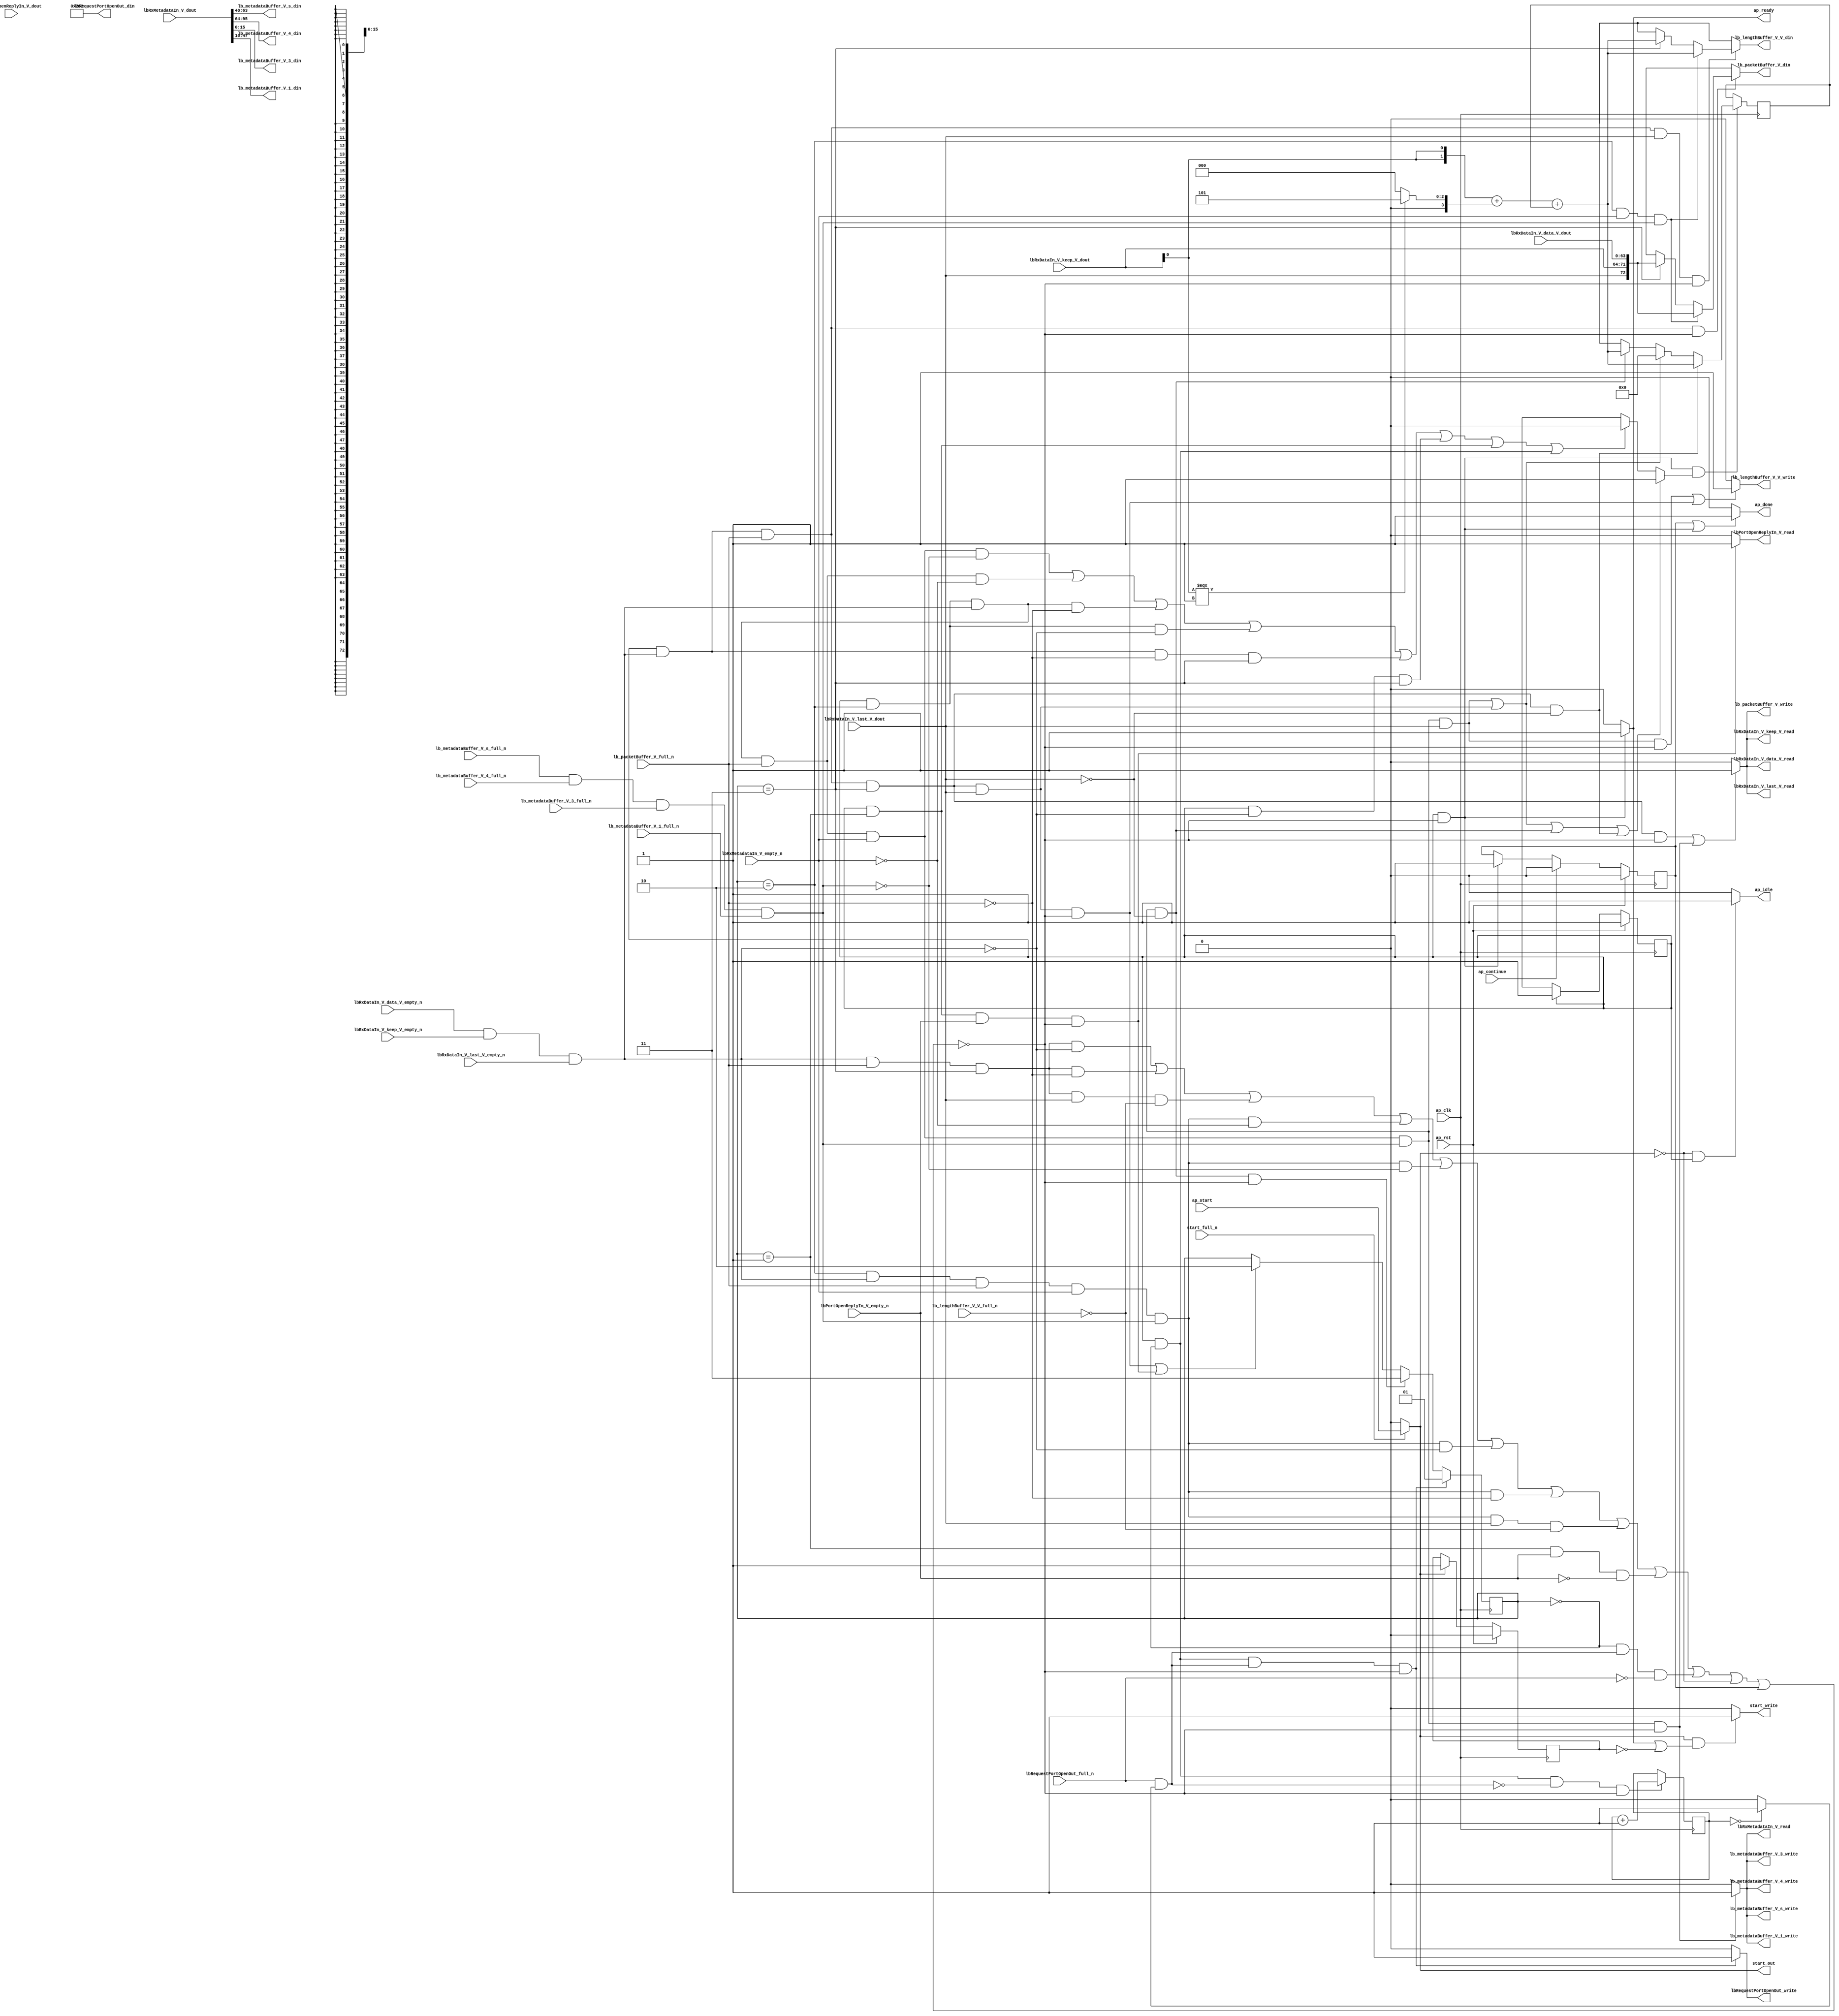
// ==============================================================
// RTL generated by Vivado(TM) HLS - High-Level Synthesis from C, C++ and SystemC
// Version: 2016.3
// Copyright (C) 1986-2016 Xilinx, Inc. All Rights Reserved.
// 
// ===========================================================

`timescale 1 ns / 1 ps 

module rxPath (
        ap_clk,
        ap_rst,
        ap_start,
        start_full_n,
        ap_done,
        ap_continue,
        ap_idle,
        ap_ready,
        start_out,
        start_write,
        lbRxDataIn_V_data_V_dout,
        lbRxDataIn_V_data_V_empty_n,
        lbRxDataIn_V_data_V_read,
        lbRxDataIn_V_keep_V_dout,
        lbRxDataIn_V_keep_V_empty_n,
        lbRxDataIn_V_keep_V_read,
        lbRxDataIn_V_last_V_dout,
        lbRxDataIn_V_last_V_empty_n,
        lbRxDataIn_V_last_V_read,
        lbRxMetadataIn_V_dout,
        lbRxMetadataIn_V_empty_n,
        lbRxMetadataIn_V_read,
        lbRequestPortOpenOut_din,
        lbRequestPortOpenOut_full_n,
        lbRequestPortOpenOut_write,
        lbPortOpenReplyIn_V_dout,
        lbPortOpenReplyIn_V_empty_n,
        lbPortOpenReplyIn_V_read,
        lb_packetBuffer_V_din,
        lb_packetBuffer_V_full_n,
        lb_packetBuffer_V_write,
        lb_metadataBuffer_V_s_din,
        lb_metadataBuffer_V_s_full_n,
        lb_metadataBuffer_V_s_write,
        lb_metadataBuffer_V_4_din,
        lb_metadataBuffer_V_4_full_n,
        lb_metadataBuffer_V_4_write,
        lb_metadataBuffer_V_3_din,
        lb_metadataBuffer_V_3_full_n,
        lb_metadataBuffer_V_3_write,
        lb_metadataBuffer_V_1_din,
        lb_metadataBuffer_V_1_full_n,
        lb_metadataBuffer_V_1_write,
        lb_lengthBuffer_V_V_din,
        lb_lengthBuffer_V_V_full_n,
        lb_lengthBuffer_V_V_write
);

parameter    ap_ST_fsm_state1 = 1'b1;
parameter    ap_const_lv32_0 = 32'b00000000000000000000000000000000;
parameter    ap_const_lv2_0 = 2'b00;
parameter    ap_const_lv16_0 = 16'b0000000000000000;
parameter    ap_const_lv2_2 = 2'b10;
parameter    ap_const_lv2_3 = 2'b11;
parameter    ap_const_lv2_1 = 2'b1;
parameter    ap_const_lv16_282 = 16'b1010000010;
parameter    ap_const_lv4_5 = 4'b101;
parameter    ap_const_lv4_0 = 4'b0000;
parameter    ap_const_lv32_10 = 32'b10000;
parameter    ap_const_lv32_2F = 32'b101111;
parameter    ap_const_lv32_30 = 32'b110000;
parameter    ap_const_lv32_3F = 32'b111111;
parameter    ap_const_lv32_40 = 32'b1000000;
parameter    ap_const_lv32_5F = 32'b1011111;
parameter    ap_const_lv32_FFFFFFFF = 32'b11111111111111111111111111111111;

input   ap_clk;
input   ap_rst;
input   ap_start;
input   start_full_n;
output   ap_done;
input   ap_continue;
output   ap_idle;
output   ap_ready;
output   start_out;
output   start_write;
input  [63:0] lbRxDataIn_V_data_V_dout;
input   lbRxDataIn_V_data_V_empty_n;
output   lbRxDataIn_V_data_V_read;
input  [7:0] lbRxDataIn_V_keep_V_dout;
input   lbRxDataIn_V_keep_V_empty_n;
output   lbRxDataIn_V_keep_V_read;
input  [0:0] lbRxDataIn_V_last_V_dout;
input   lbRxDataIn_V_last_V_empty_n;
output   lbRxDataIn_V_last_V_read;
input  [95:0] lbRxMetadataIn_V_dout;
input   lbRxMetadataIn_V_empty_n;
output   lbRxMetadataIn_V_read;
output  [15:0] lbRequestPortOpenOut_din;
input   lbRequestPortOpenOut_full_n;
output   lbRequestPortOpenOut_write;
input   lbPortOpenReplyIn_V_dout;
input   lbPortOpenReplyIn_V_empty_n;
output   lbPortOpenReplyIn_V_read;
output  [72:0] lb_packetBuffer_V_din;
input   lb_packetBuffer_V_full_n;
output   lb_packetBuffer_V_write;
output  [15:0] lb_metadataBuffer_V_s_din;
input   lb_metadataBuffer_V_s_full_n;
output   lb_metadataBuffer_V_s_write;
output  [31:0] lb_metadataBuffer_V_4_din;
input   lb_metadataBuffer_V_4_full_n;
output   lb_metadataBuffer_V_4_write;
output  [15:0] lb_metadataBuffer_V_3_din;
input   lb_metadataBuffer_V_3_full_n;
output   lb_metadataBuffer_V_3_write;
output  [31:0] lb_metadataBuffer_V_1_din;
input   lb_metadataBuffer_V_1_full_n;
output   lb_metadataBuffer_V_1_write;
output  [15:0] lb_lengthBuffer_V_V_din;
input   lb_lengthBuffer_V_V_full_n;
output   lb_lengthBuffer_V_V_write;

reg ap_done;
reg ap_idle;
reg start_write;
reg lbRxMetadataIn_V_read;
reg lbRequestPortOpenOut_write;
reg lbPortOpenReplyIn_V_read;
reg[72:0] lb_packetBuffer_V_din;
reg lb_packetBuffer_V_write;
reg[15:0] lb_lengthBuffer_V_V_din;
reg lb_lengthBuffer_V_V_write;

reg    real_start;
reg    ap_done_reg;
(* fsm_encoding = "none" *) reg   [0:0] ap_CS_fsm;
wire   [0:0] ap_CS_fsm_state1;
reg    internal_ap_ready;
reg    start_once_reg;
reg   [1:0] sinkState;
reg   [15:0] lbPacketLength;
reg   [31:0] openPortWaitTime_V;
reg    lbRxDataIn_V_data_V_blk_n;
wire   [0:0] grp_nbreadreq_fu_124_p5;
wire   [0:0] grp_nbwritereq_fu_136_p3;
wire   [0:0] tmp_11_nbreadreq_fu_168_p3;
wire   [0:0] tmp_13_nbwritereq_fu_176_p6;
reg    lbRxDataIn_V_keep_V_blk_n;
reg    lbRxDataIn_V_last_V_blk_n;
reg    lbRxMetadataIn_V_blk_n;
reg    lbRequestPortOpenOut_blk_n;
wire   [0:0] or_cond_i_fu_514_p2;
reg    lbPortOpenReplyIn_V_blk_n;
wire   [0:0] tmp_6_nbreadreq_fu_212_p3;
reg    lb_packetBuffer_V_blk_n;
reg    lb_metadataBuffer_V_s_blk_n;
reg    lb_metadataBuffer_V_4_blk_n;
reg    lb_metadataBuffer_V_3_blk_n;
reg    lb_metadataBuffer_V_1_blk_n;
reg    lb_lengthBuffer_V_V_blk_n;
reg   [0:0] lbPacketLength_flag_s_phi_fu_245_p26;
wire    lbRxDataIn_V_data_V0_status;
wire    lb_metadataBuffer_V_s1_status;
reg    ap_condition_185;
wire   [15:0] tmp_V_1_fu_490_p2;
reg   [15:0] lbPacketLength_new_4_phi_fu_289_p26;
wire   [15:0] tmp_V_fu_399_p2;
reg    lbRxDataIn_V_data_V0_update;
wire   [72:0] tmp_228_fu_354_p4;
wire   [72:0] tmp_121_fu_445_p4;
reg    lb_metadataBuffer_V_s1_update;
wire   [31:0] tmp_1_i_fu_520_p2;
wire   [0:0] tmp_12_fu_365_p1;
wire   [1:0] tmp_10_i_fu_369_p3;
wire   [3:0] tmp_10_cast_i_fu_377_p1;
wire   [3:0] factor1_cast_i_cast_s_fu_381_p3;
wire   [3:0] counter_V_fu_389_p2;
wire   [15:0] tmp_12_i_fu_395_p1;
wire   [0:0] tmp_15_fu_456_p1;
wire   [1:0] tmp_15_i_fu_460_p3;
wire   [3:0] tmp_15_cast_i_fu_468_p1;
wire   [3:0] factor_cast_i_cast_c_fu_472_p3;
wire   [3:0] counter_V_1_fu_480_p2;
wire   [15:0] tmp_16_i_fu_486_p1;
wire   [0:0] or_cond_i_fu_514_p0;
wire   [0:0] tmp_i_fu_508_p2;
reg   [0:0] ap_NS_fsm;
reg    ap_condition_417;
reg    ap_condition_415;
reg    ap_condition_422;

// power-on initialization
initial begin
#0 ap_done_reg = 1'b0;
#0 ap_CS_fsm = 1'b1;
#0 start_once_reg = 1'b0;
#0 sinkState = 2'b00;
#0 lbPacketLength = 16'b0000000000000000;
#0 openPortWaitTime_V = 32'b1100100;
end

always @ (posedge ap_clk) begin
    if (ap_rst == 1'b1) begin
        ap_CS_fsm <= ap_ST_fsm_state1;
    end else begin
        ap_CS_fsm <= ap_NS_fsm;
    end
end

always @ (posedge ap_clk) begin
    if (ap_rst == 1'b1) begin
        ap_done_reg <= 1'b0;
    end else begin
        if ((1'b1 == ap_continue)) begin
            ap_done_reg <= 1'b0;
        end else if (((ap_CS_fsm_state1 == 1'b1) & ~(ap_condition_185 == 1'b1))) begin
            ap_done_reg <= 1'b1;
        end
    end
end

always @ (posedge ap_clk) begin
    if (ap_rst == 1'b1) begin
        start_once_reg <= 1'b0;
    end else begin
        if ((1'b1 == real_start)) begin
            start_once_reg <= 1'b1;
        end
    end
end

always @ (posedge ap_clk) begin
    if (((ap_CS_fsm_state1 == 1'b1) & (ap_const_lv2_0 == sinkState) & ~(1'b0 == or_cond_i_fu_514_p2) & ~(ap_condition_185 == 1'b1))) begin
        sinkState <= ap_const_lv2_1;
    end else if (((ap_CS_fsm_state1 == 1'b1) & (sinkState == ap_const_lv2_2) & ~(grp_nbreadreq_fu_124_p5 == 1'b0) & ~(1'b0 == grp_nbwritereq_fu_136_p3) & ~(1'b0 == tmp_11_nbreadreq_fu_168_p3) & ~(1'b0 == tmp_13_nbwritereq_fu_176_p6) & (1'b0 == lbRxDataIn_V_last_V_dout) & ~(ap_condition_185 == 1'b1))) begin
        sinkState <= ap_const_lv2_3;
    end else if ((((ap_CS_fsm_state1 == 1'b1) & ~(grp_nbreadreq_fu_124_p5 == 1'b0) & ~(1'b0 == grp_nbwritereq_fu_136_p3) & (sinkState == ap_const_lv2_3) & ~(1'b0 == lbRxDataIn_V_last_V_dout) & ~(ap_condition_185 == 1'b1)) | ((ap_CS_fsm_state1 == 1'b1) & (sinkState == ap_const_lv2_1) & ~(1'b0 == tmp_6_nbreadreq_fu_212_p3) & ~(ap_condition_185 == 1'b1)))) begin
        sinkState <= ap_const_lv2_2;
    end
end

always @ (posedge ap_clk) begin
    if (((ap_CS_fsm_state1 == 1'b1) & ~(ap_condition_185 == 1'b1) & ~(1'b0 == lbPacketLength_flag_s_phi_fu_245_p26))) begin
        lbPacketLength <= lbPacketLength_new_4_phi_fu_289_p26;
    end
end

always @ (posedge ap_clk) begin
    if (((ap_CS_fsm_state1 == 1'b1) & (ap_const_lv2_0 == sinkState) & (1'b0 == or_cond_i_fu_514_p2) & ~(ap_condition_185 == 1'b1))) begin
        openPortWaitTime_V <= tmp_1_i_fu_520_p2;
    end
end

always @ (*) begin
    if (((1'b1 == ap_done_reg) | ((ap_CS_fsm_state1 == 1'b1) & ~(ap_condition_185 == 1'b1)))) begin
        ap_done = 1'b1;
    end else begin
        ap_done = 1'b0;
    end
end

always @ (*) begin
    if (((1'b0 == real_start) & (ap_CS_fsm_state1 == 1'b1))) begin
        ap_idle = 1'b1;
    end else begin
        ap_idle = 1'b0;
    end
end

always @ (*) begin
    if (((ap_CS_fsm_state1 == 1'b1) & ~(ap_condition_185 == 1'b1))) begin
        internal_ap_ready = 1'b1;
    end else begin
        internal_ap_ready = 1'b0;
    end
end

always @ (*) begin
    if ((((ap_CS_fsm_state1 == 1'b1) & (sinkState == ap_const_lv2_2) & ~(grp_nbreadreq_fu_124_p5 == 1'b0) & ~(1'b0 == grp_nbwritereq_fu_136_p3) & ~(1'b0 == tmp_11_nbreadreq_fu_168_p3) & ~(1'b0 == tmp_13_nbwritereq_fu_176_p6) & ~(1'b0 == lbRxDataIn_V_last_V_dout)) | ((ap_CS_fsm_state1 == 1'b1) & ~(grp_nbreadreq_fu_124_p5 == 1'b0) & ~(1'b0 == grp_nbwritereq_fu_136_p3) & (sinkState == ap_const_lv2_3) & ~(1'b0 == lbRxDataIn_V_last_V_dout)) | ((ap_CS_fsm_state1 == 1'b1) & (sinkState == ap_const_lv2_2) & ~(grp_nbreadreq_fu_124_p5 == 1'b0) & ~(1'b0 == grp_nbwritereq_fu_136_p3) & ~(1'b0 == tmp_11_nbreadreq_fu_168_p3) & ~(1'b0 == tmp_13_nbwritereq_fu_176_p6) & (1'b0 == lbRxDataIn_V_last_V_dout)) | ((ap_CS_fsm_state1 == 1'b1) & ~(grp_nbreadreq_fu_124_p5 == 1'b0) & ~(1'b0 == grp_nbwritereq_fu_136_p3) & (sinkState == ap_const_lv2_3) & (1'b0 == lbRxDataIn_V_last_V_dout)))) begin
        lbPacketLength_flag_s_phi_fu_245_p26 = 1'b1;
    end else if ((((ap_CS_fsm_state1 == 1'b1) & (sinkState == ap_const_lv2_2) & ~(grp_nbreadreq_fu_124_p5 == 1'b0) & ~(1'b0 == grp_nbwritereq_fu_136_p3) & ~(1'b0 == tmp_11_nbreadreq_fu_168_p3) & (1'b0 == tmp_13_nbwritereq_fu_176_p6)) | ((ap_CS_fsm_state1 == 1'b1) & (sinkState == ap_const_lv2_2) & ~(grp_nbreadreq_fu_124_p5 == 1'b0) & ~(1'b0 == grp_nbwritereq_fu_136_p3) & (1'b0 == tmp_11_nbreadreq_fu_168_p3)) | ((ap_CS_fsm_state1 == 1'b1) & (sinkState == ap_const_lv2_2) & ~(grp_nbreadreq_fu_124_p5 == 1'b0) & (1'b0 == grp_nbwritereq_fu_136_p3)) | ((ap_CS_fsm_state1 == 1'b1) & (sinkState == ap_const_lv2_2) & (grp_nbreadreq_fu_124_p5 == 1'b0)) | ((ap_CS_fsm_state1 == 1'b1) & ~(grp_nbreadreq_fu_124_p5 == 1'b0) & (1'b0 == grp_nbwritereq_fu_136_p3) & (sinkState == ap_const_lv2_3)) | ((ap_CS_fsm_state1 == 1'b1) & (grp_nbreadreq_fu_124_p5 == 1'b0) & (sinkState == ap_const_lv2_3)) | ((ap_CS_fsm_state1 == 1'b1) & (sinkState == ap_const_lv2_1)) | ((ap_CS_fsm_state1 == 1'b1) & (ap_const_lv2_0 == sinkState)))) begin
        lbPacketLength_flag_s_phi_fu_245_p26 = 1'b0;
    end else begin
        lbPacketLength_flag_s_phi_fu_245_p26 = 'bx;
    end
end

always @ (*) begin
    if (((ap_CS_fsm_state1 == 1'b1) & ~(grp_nbreadreq_fu_124_p5 == 1'b0) & ~(1'b0 == grp_nbwritereq_fu_136_p3) & (sinkState == ap_const_lv2_3) & (1'b0 == lbRxDataIn_V_last_V_dout))) begin
        lbPacketLength_new_4_phi_fu_289_p26 = tmp_V_fu_399_p2;
    end else if ((((ap_CS_fsm_state1 == 1'b1) & (sinkState == ap_const_lv2_2) & ~(grp_nbreadreq_fu_124_p5 == 1'b0) & ~(1'b0 == grp_nbwritereq_fu_136_p3) & ~(1'b0 == tmp_11_nbreadreq_fu_168_p3) & ~(1'b0 == tmp_13_nbwritereq_fu_176_p6) & ~(1'b0 == lbRxDataIn_V_last_V_dout)) | ((ap_CS_fsm_state1 == 1'b1) & ~(grp_nbreadreq_fu_124_p5 == 1'b0) & ~(1'b0 == grp_nbwritereq_fu_136_p3) & (sinkState == ap_const_lv2_3) & ~(1'b0 == lbRxDataIn_V_last_V_dout)))) begin
        lbPacketLength_new_4_phi_fu_289_p26 = ap_const_lv16_0;
    end else if (((ap_CS_fsm_state1 == 1'b1) & (sinkState == ap_const_lv2_2) & ~(grp_nbreadreq_fu_124_p5 == 1'b0) & ~(1'b0 == grp_nbwritereq_fu_136_p3) & ~(1'b0 == tmp_11_nbreadreq_fu_168_p3) & ~(1'b0 == tmp_13_nbwritereq_fu_176_p6) & (1'b0 == lbRxDataIn_V_last_V_dout))) begin
        lbPacketLength_new_4_phi_fu_289_p26 = tmp_V_1_fu_490_p2;
    end else begin
        lbPacketLength_new_4_phi_fu_289_p26 = 'bx;
    end
end

always @ (*) begin
    if (((ap_CS_fsm_state1 == 1'b1) & (sinkState == ap_const_lv2_1) & ~(1'b0 == tmp_6_nbreadreq_fu_212_p3))) begin
        lbPortOpenReplyIn_V_blk_n = lbPortOpenReplyIn_V_empty_n;
    end else begin
        lbPortOpenReplyIn_V_blk_n = 1'b1;
    end
end

always @ (*) begin
    if (((ap_CS_fsm_state1 == 1'b1) & (sinkState == ap_const_lv2_1) & ~(1'b0 == tmp_6_nbreadreq_fu_212_p3) & ~(ap_condition_185 == 1'b1))) begin
        lbPortOpenReplyIn_V_read = 1'b1;
    end else begin
        lbPortOpenReplyIn_V_read = 1'b0;
    end
end

always @ (*) begin
    if (((ap_CS_fsm_state1 == 1'b1) & (ap_const_lv2_0 == sinkState) & ~(1'b0 == or_cond_i_fu_514_p2))) begin
        lbRequestPortOpenOut_blk_n = lbRequestPortOpenOut_full_n;
    end else begin
        lbRequestPortOpenOut_blk_n = 1'b1;
    end
end

always @ (*) begin
    if (((ap_CS_fsm_state1 == 1'b1) & (ap_const_lv2_0 == sinkState) & ~(1'b0 == or_cond_i_fu_514_p2) & ~(ap_condition_185 == 1'b1))) begin
        lbRequestPortOpenOut_write = 1'b1;
    end else begin
        lbRequestPortOpenOut_write = 1'b0;
    end
end

always @ (*) begin
    if ((((ap_CS_fsm_state1 == 1'b1) & ~(grp_nbreadreq_fu_124_p5 == 1'b0) & ~(1'b0 == grp_nbwritereq_fu_136_p3) & (sinkState == ap_const_lv2_3) & ~(ap_condition_185 == 1'b1)) | ((ap_CS_fsm_state1 == 1'b1) & (sinkState == ap_const_lv2_2) & ~(grp_nbreadreq_fu_124_p5 == 1'b0) & ~(1'b0 == grp_nbwritereq_fu_136_p3) & ~(1'b0 == tmp_11_nbreadreq_fu_168_p3) & ~(1'b0 == tmp_13_nbwritereq_fu_176_p6) & ~(ap_condition_185 == 1'b1)))) begin
        lbRxDataIn_V_data_V0_update = 1'b1;
    end else begin
        lbRxDataIn_V_data_V0_update = 1'b0;
    end
end

always @ (*) begin
    if ((((ap_CS_fsm_state1 == 1'b1) & (sinkState == ap_const_lv2_2) & ~(grp_nbreadreq_fu_124_p5 == 1'b0) & ~(1'b0 == grp_nbwritereq_fu_136_p3) & ~(1'b0 == tmp_11_nbreadreq_fu_168_p3) & ~(1'b0 == tmp_13_nbwritereq_fu_176_p6)) | ((ap_CS_fsm_state1 == 1'b1) & ~(grp_nbreadreq_fu_124_p5 == 1'b0) & ~(1'b0 == grp_nbwritereq_fu_136_p3) & (sinkState == ap_const_lv2_3)))) begin
        lbRxDataIn_V_data_V_blk_n = lbRxDataIn_V_data_V_empty_n;
    end else begin
        lbRxDataIn_V_data_V_blk_n = 1'b1;
    end
end

always @ (*) begin
    if ((((ap_CS_fsm_state1 == 1'b1) & (sinkState == ap_const_lv2_2) & ~(grp_nbreadreq_fu_124_p5 == 1'b0) & ~(1'b0 == grp_nbwritereq_fu_136_p3) & ~(1'b0 == tmp_11_nbreadreq_fu_168_p3) & ~(1'b0 == tmp_13_nbwritereq_fu_176_p6)) | ((ap_CS_fsm_state1 == 1'b1) & ~(grp_nbreadreq_fu_124_p5 == 1'b0) & ~(1'b0 == grp_nbwritereq_fu_136_p3) & (sinkState == ap_const_lv2_3)))) begin
        lbRxDataIn_V_keep_V_blk_n = lbRxDataIn_V_keep_V_empty_n;
    end else begin
        lbRxDataIn_V_keep_V_blk_n = 1'b1;
    end
end

always @ (*) begin
    if ((((ap_CS_fsm_state1 == 1'b1) & (sinkState == ap_const_lv2_2) & ~(grp_nbreadreq_fu_124_p5 == 1'b0) & ~(1'b0 == grp_nbwritereq_fu_136_p3) & ~(1'b0 == tmp_11_nbreadreq_fu_168_p3) & ~(1'b0 == tmp_13_nbwritereq_fu_176_p6)) | ((ap_CS_fsm_state1 == 1'b1) & ~(grp_nbreadreq_fu_124_p5 == 1'b0) & ~(1'b0 == grp_nbwritereq_fu_136_p3) & (sinkState == ap_const_lv2_3)))) begin
        lbRxDataIn_V_last_V_blk_n = lbRxDataIn_V_last_V_empty_n;
    end else begin
        lbRxDataIn_V_last_V_blk_n = 1'b1;
    end
end

always @ (*) begin
    if (((ap_CS_fsm_state1 == 1'b1) & (sinkState == ap_const_lv2_2) & ~(grp_nbreadreq_fu_124_p5 == 1'b0) & ~(1'b0 == grp_nbwritereq_fu_136_p3) & ~(1'b0 == tmp_11_nbreadreq_fu_168_p3) & ~(1'b0 == tmp_13_nbwritereq_fu_176_p6))) begin
        lbRxMetadataIn_V_blk_n = lbRxMetadataIn_V_empty_n;
    end else begin
        lbRxMetadataIn_V_blk_n = 1'b1;
    end
end

always @ (*) begin
    if (((ap_CS_fsm_state1 == 1'b1) & (sinkState == ap_const_lv2_2) & ~(grp_nbreadreq_fu_124_p5 == 1'b0) & ~(1'b0 == grp_nbwritereq_fu_136_p3) & ~(1'b0 == tmp_11_nbreadreq_fu_168_p3) & ~(1'b0 == tmp_13_nbwritereq_fu_176_p6) & ~(ap_condition_185 == 1'b1))) begin
        lbRxMetadataIn_V_read = 1'b1;
    end else begin
        lbRxMetadataIn_V_read = 1'b0;
    end
end

always @ (*) begin
    if ((((ap_CS_fsm_state1 == 1'b1) & (sinkState == ap_const_lv2_2) & ~(grp_nbreadreq_fu_124_p5 == 1'b0) & ~(1'b0 == grp_nbwritereq_fu_136_p3) & ~(1'b0 == tmp_11_nbreadreq_fu_168_p3) & ~(1'b0 == tmp_13_nbwritereq_fu_176_p6) & ~(1'b0 == lbRxDataIn_V_last_V_dout)) | ((ap_CS_fsm_state1 == 1'b1) & ~(grp_nbreadreq_fu_124_p5 == 1'b0) & ~(1'b0 == grp_nbwritereq_fu_136_p3) & (sinkState == ap_const_lv2_3) & ~(1'b0 == lbRxDataIn_V_last_V_dout)))) begin
        lb_lengthBuffer_V_V_blk_n = lb_lengthBuffer_V_V_full_n;
    end else begin
        lb_lengthBuffer_V_V_blk_n = 1'b1;
    end
end

always @ (*) begin
    if ((ap_condition_415 == 1'b1)) begin
        if ((ap_condition_417 == 1'b1)) begin
            lb_lengthBuffer_V_V_din = tmp_V_1_fu_490_p2;
        end else if ((sinkState == ap_const_lv2_3)) begin
            lb_lengthBuffer_V_V_din = tmp_V_fu_399_p2;
        end else begin
            lb_lengthBuffer_V_V_din = 'bx;
        end
    end else begin
        lb_lengthBuffer_V_V_din = 'bx;
    end
end

always @ (*) begin
    if ((((ap_CS_fsm_state1 == 1'b1) & (sinkState == ap_const_lv2_2) & ~(grp_nbreadreq_fu_124_p5 == 1'b0) & ~(1'b0 == grp_nbwritereq_fu_136_p3) & ~(1'b0 == tmp_11_nbreadreq_fu_168_p3) & ~(1'b0 == tmp_13_nbwritereq_fu_176_p6) & ~(1'b0 == lbRxDataIn_V_last_V_dout) & ~(ap_condition_185 == 1'b1)) | ((ap_CS_fsm_state1 == 1'b1) & ~(grp_nbreadreq_fu_124_p5 == 1'b0) & ~(1'b0 == grp_nbwritereq_fu_136_p3) & (sinkState == ap_const_lv2_3) & ~(1'b0 == lbRxDataIn_V_last_V_dout) & ~(ap_condition_185 == 1'b1)))) begin
        lb_lengthBuffer_V_V_write = 1'b1;
    end else begin
        lb_lengthBuffer_V_V_write = 1'b0;
    end
end

always @ (*) begin
    if (((ap_CS_fsm_state1 == 1'b1) & (sinkState == ap_const_lv2_2) & ~(grp_nbreadreq_fu_124_p5 == 1'b0) & ~(1'b0 == grp_nbwritereq_fu_136_p3) & ~(1'b0 == tmp_11_nbreadreq_fu_168_p3) & ~(1'b0 == tmp_13_nbwritereq_fu_176_p6))) begin
        lb_metadataBuffer_V_1_blk_n = lb_metadataBuffer_V_1_full_n;
    end else begin
        lb_metadataBuffer_V_1_blk_n = 1'b1;
    end
end

always @ (*) begin
    if (((ap_CS_fsm_state1 == 1'b1) & (sinkState == ap_const_lv2_2) & ~(grp_nbreadreq_fu_124_p5 == 1'b0) & ~(1'b0 == grp_nbwritereq_fu_136_p3) & ~(1'b0 == tmp_11_nbreadreq_fu_168_p3) & ~(1'b0 == tmp_13_nbwritereq_fu_176_p6))) begin
        lb_metadataBuffer_V_3_blk_n = lb_metadataBuffer_V_3_full_n;
    end else begin
        lb_metadataBuffer_V_3_blk_n = 1'b1;
    end
end

always @ (*) begin
    if (((ap_CS_fsm_state1 == 1'b1) & (sinkState == ap_const_lv2_2) & ~(grp_nbreadreq_fu_124_p5 == 1'b0) & ~(1'b0 == grp_nbwritereq_fu_136_p3) & ~(1'b0 == tmp_11_nbreadreq_fu_168_p3) & ~(1'b0 == tmp_13_nbwritereq_fu_176_p6))) begin
        lb_metadataBuffer_V_4_blk_n = lb_metadataBuffer_V_4_full_n;
    end else begin
        lb_metadataBuffer_V_4_blk_n = 1'b1;
    end
end

always @ (*) begin
    if (((ap_CS_fsm_state1 == 1'b1) & (sinkState == ap_const_lv2_2) & ~(grp_nbreadreq_fu_124_p5 == 1'b0) & ~(1'b0 == grp_nbwritereq_fu_136_p3) & ~(1'b0 == tmp_11_nbreadreq_fu_168_p3) & ~(1'b0 == tmp_13_nbwritereq_fu_176_p6) & ~(ap_condition_185 == 1'b1))) begin
        lb_metadataBuffer_V_s1_update = 1'b1;
    end else begin
        lb_metadataBuffer_V_s1_update = 1'b0;
    end
end

always @ (*) begin
    if (((ap_CS_fsm_state1 == 1'b1) & (sinkState == ap_const_lv2_2) & ~(grp_nbreadreq_fu_124_p5 == 1'b0) & ~(1'b0 == grp_nbwritereq_fu_136_p3) & ~(1'b0 == tmp_11_nbreadreq_fu_168_p3) & ~(1'b0 == tmp_13_nbwritereq_fu_176_p6))) begin
        lb_metadataBuffer_V_s_blk_n = lb_metadataBuffer_V_s_full_n;
    end else begin
        lb_metadataBuffer_V_s_blk_n = 1'b1;
    end
end

always @ (*) begin
    if ((((ap_CS_fsm_state1 == 1'b1) & (sinkState == ap_const_lv2_2) & ~(grp_nbreadreq_fu_124_p5 == 1'b0) & ~(1'b0 == grp_nbwritereq_fu_136_p3) & ~(1'b0 == tmp_11_nbreadreq_fu_168_p3) & ~(1'b0 == tmp_13_nbwritereq_fu_176_p6)) | ((ap_CS_fsm_state1 == 1'b1) & ~(grp_nbreadreq_fu_124_p5 == 1'b0) & ~(1'b0 == grp_nbwritereq_fu_136_p3) & (sinkState == ap_const_lv2_3)))) begin
        lb_packetBuffer_V_blk_n = lb_packetBuffer_V_full_n;
    end else begin
        lb_packetBuffer_V_blk_n = 1'b1;
    end
end

always @ (*) begin
    if ((ap_condition_422 == 1'b1)) begin
        if ((ap_condition_417 == 1'b1)) begin
            lb_packetBuffer_V_din = tmp_121_fu_445_p4;
        end else if ((sinkState == ap_const_lv2_3)) begin
            lb_packetBuffer_V_din = tmp_228_fu_354_p4;
        end else begin
            lb_packetBuffer_V_din = 'bx;
        end
    end else begin
        lb_packetBuffer_V_din = 'bx;
    end
end

always @ (*) begin
    if ((((ap_CS_fsm_state1 == 1'b1) & ~(grp_nbreadreq_fu_124_p5 == 1'b0) & ~(1'b0 == grp_nbwritereq_fu_136_p3) & (sinkState == ap_const_lv2_3) & ~(ap_condition_185 == 1'b1)) | ((ap_CS_fsm_state1 == 1'b1) & (sinkState == ap_const_lv2_2) & ~(grp_nbreadreq_fu_124_p5 == 1'b0) & ~(1'b0 == grp_nbwritereq_fu_136_p3) & ~(1'b0 == tmp_11_nbreadreq_fu_168_p3) & ~(1'b0 == tmp_13_nbwritereq_fu_176_p6) & ~(ap_condition_185 == 1'b1)))) begin
        lb_packetBuffer_V_write = 1'b1;
    end else begin
        lb_packetBuffer_V_write = 1'b0;
    end
end

always @ (*) begin
    if ((1'b0 == start_full_n)) begin
        real_start = 1'b0;
    end else begin
        real_start = ap_start;
    end
end

always @ (*) begin
    if (((1'b1 == real_start) & ((1'b1 == internal_ap_ready) | (1'b0 == start_once_reg)))) begin
        start_write = 1'b1;
    end else begin
        start_write = 1'b0;
    end
end

always @ (*) begin
    case (ap_CS_fsm)
        ap_ST_fsm_state1 : begin
            ap_NS_fsm = ap_ST_fsm_state1;
        end
        default : begin
            ap_NS_fsm = 'bx;
        end
    endcase
end

assign ap_CS_fsm_state1 = ap_CS_fsm[ap_const_lv32_0];

always @ (*) begin
    ap_condition_185 = ((~(grp_nbreadreq_fu_124_p5 == 1'b0) & ~(1'b0 == grp_nbwritereq_fu_136_p3) & (sinkState == ap_const_lv2_3) & (lbRxDataIn_V_data_V0_status == 1'b0)) | (~(grp_nbreadreq_fu_124_p5 == 1'b0) & ~(1'b0 == grp_nbwritereq_fu_136_p3) & (sinkState == ap_const_lv2_3) & (lb_packetBuffer_V_full_n == 1'b0)) | (~(grp_nbreadreq_fu_124_p5 == 1'b0) & ~(1'b0 == grp_nbwritereq_fu_136_p3) & (sinkState == ap_const_lv2_3) & ~(1'b0 == lbRxDataIn_V_last_V_dout) & (lb_lengthBuffer_V_V_full_n == 1'b0)) | ((sinkState == ap_const_lv2_2) & ~(grp_nbreadreq_fu_124_p5 == 1'b0) & ~(1'b0 == grp_nbwritereq_fu_136_p3) & ~(1'b0 == tmp_11_nbreadreq_fu_168_p3) & ~(1'b0 == tmp_13_nbwritereq_fu_176_p6) & (lbRxMetadataIn_V_empty_n == 1'b0)) | ((sinkState == ap_const_lv2_2) & ~(grp_nbreadreq_fu_124_p5 == 1'b0) & ~(1'b0 == grp_nbwritereq_fu_136_p3) & ~(1'b0 == tmp_11_nbreadreq_fu_168_p3) & ~(1'b0 == tmp_13_nbwritereq_fu_176_p6) & (lb_metadataBuffer_V_s1_status == 1'b0)) | ((sinkState == ap_const_lv2_2) & ~(grp_nbreadreq_fu_124_p5 == 1'b0) & ~(1'b0 == grp_nbwritereq_fu_136_p3) & ~(1'b0 == tmp_11_nbreadreq_fu_168_p3) & ~(1'b0 == tmp_13_nbwritereq_fu_176_p6) & (lbRxDataIn_V_data_V0_status == 1'b0)) | ((sinkState == ap_const_lv2_2) & ~(grp_nbreadreq_fu_124_p5 == 1'b0) & ~(1'b0 == grp_nbwritereq_fu_136_p3) & ~(1'b0 == tmp_11_nbreadreq_fu_168_p3) & ~(1'b0 == tmp_13_nbwritereq_fu_176_p6) & (lb_packetBuffer_V_full_n == 1'b0)) | ((sinkState == ap_const_lv2_2) & ~(grp_nbreadreq_fu_124_p5 == 1'b0) & ~(1'b0 == grp_nbwritereq_fu_136_p3) & ~(1'b0 == tmp_11_nbreadreq_fu_168_p3) & ~(1'b0 == tmp_13_nbwritereq_fu_176_p6) & ~(1'b0 == lbRxDataIn_V_last_V_dout) & (lb_lengthBuffer_V_V_full_n == 1'b0)) | ((sinkState == ap_const_lv2_1) & ~(1'b0 == tmp_6_nbreadreq_fu_212_p3) & (lbPortOpenReplyIn_V_empty_n == 1'b0)) | ((ap_const_lv2_0 == sinkState) & ~(1'b0 == or_cond_i_fu_514_p2) & (lbRequestPortOpenOut_full_n == 1'b0)) | (real_start == 1'b0) | (ap_done_reg == 1'b1));
end

always @ (*) begin
    ap_condition_415 = ((ap_CS_fsm_state1 == 1'b1) & ~(grp_nbreadreq_fu_124_p5 == 1'b0) & ~(1'b0 == grp_nbwritereq_fu_136_p3) & ~(1'b0 == lbRxDataIn_V_last_V_dout) & ~(ap_condition_185 == 1'b1));
end

always @ (*) begin
    ap_condition_417 = ((sinkState == ap_const_lv2_2) & ~(1'b0 == tmp_11_nbreadreq_fu_168_p3) & ~(1'b0 == tmp_13_nbwritereq_fu_176_p6));
end

always @ (*) begin
    ap_condition_422 = ((ap_CS_fsm_state1 == 1'b1) & ~(grp_nbreadreq_fu_124_p5 == 1'b0) & ~(1'b0 == grp_nbwritereq_fu_136_p3) & ~(ap_condition_185 == 1'b1));
end

assign ap_ready = internal_ap_ready;

assign counter_V_1_fu_480_p2 = (tmp_15_cast_i_fu_468_p1 + factor_cast_i_cast_c_fu_472_p3);

assign counter_V_fu_389_p2 = (tmp_10_cast_i_fu_377_p1 + factor1_cast_i_cast_s_fu_381_p3);

assign factor1_cast_i_cast_s_fu_381_p3 = ((tmp_12_fu_365_p1[0:0] === 1'b1) ? ap_const_lv4_5 : ap_const_lv4_0);

assign factor_cast_i_cast_c_fu_472_p3 = ((tmp_15_fu_456_p1[0:0] === 1'b1) ? ap_const_lv4_5 : ap_const_lv4_0);

assign grp_nbreadreq_fu_124_p5 = (lbRxDataIn_V_data_V_empty_n & lbRxDataIn_V_keep_V_empty_n & lbRxDataIn_V_last_V_empty_n);

assign grp_nbwritereq_fu_136_p3 = lb_packetBuffer_V_full_n;

assign lbRequestPortOpenOut_din = ap_const_lv16_282;

assign lbRxDataIn_V_data_V0_status = (lbRxDataIn_V_data_V_empty_n & lbRxDataIn_V_keep_V_empty_n & lbRxDataIn_V_last_V_empty_n);

assign lbRxDataIn_V_data_V_read = lbRxDataIn_V_data_V0_update;

assign lbRxDataIn_V_keep_V_read = lbRxDataIn_V_data_V0_update;

assign lbRxDataIn_V_last_V_read = lbRxDataIn_V_data_V0_update;

assign lb_metadataBuffer_V_1_din = {{lbRxMetadataIn_V_dout[ap_const_lv32_2F : ap_const_lv32_10]}};

assign lb_metadataBuffer_V_1_write = lb_metadataBuffer_V_s1_update;

assign lb_metadataBuffer_V_3_din = lbRxMetadataIn_V_dout[15:0];

assign lb_metadataBuffer_V_3_write = lb_metadataBuffer_V_s1_update;

assign lb_metadataBuffer_V_4_din = {{lbRxMetadataIn_V_dout[ap_const_lv32_5F : ap_const_lv32_40]}};

assign lb_metadataBuffer_V_4_write = lb_metadataBuffer_V_s1_update;

assign lb_metadataBuffer_V_s1_status = (lb_metadataBuffer_V_s_full_n & lb_metadataBuffer_V_4_full_n & lb_metadataBuffer_V_3_full_n & lb_metadataBuffer_V_1_full_n);

assign lb_metadataBuffer_V_s_din = {{lbRxMetadataIn_V_dout[ap_const_lv32_3F : ap_const_lv32_30]}};

assign lb_metadataBuffer_V_s_write = lb_metadataBuffer_V_s1_update;

assign or_cond_i_fu_514_p0 = lbRequestPortOpenOut_full_n;

assign or_cond_i_fu_514_p2 = (or_cond_i_fu_514_p0 & tmp_i_fu_508_p2);

assign start_out = real_start;

assign tmp_10_cast_i_fu_377_p1 = tmp_10_i_fu_369_p3;

assign tmp_10_i_fu_369_p3 = {{tmp_12_fu_365_p1}, {tmp_12_fu_365_p1}};

assign tmp_11_nbreadreq_fu_168_p3 = lbRxMetadataIn_V_empty_n;

assign tmp_121_fu_445_p4 = {{{lbRxDataIn_V_last_V_dout}, {lbRxDataIn_V_keep_V_dout}}, {lbRxDataIn_V_data_V_dout}};

assign tmp_12_fu_365_p1 = lbRxDataIn_V_keep_V_dout[0:0];

assign tmp_12_i_fu_395_p1 = counter_V_fu_389_p2;

assign tmp_13_nbwritereq_fu_176_p6 = (lb_metadataBuffer_V_s_full_n & lb_metadataBuffer_V_4_full_n & lb_metadataBuffer_V_3_full_n & lb_metadataBuffer_V_1_full_n);

assign tmp_15_cast_i_fu_468_p1 = tmp_15_i_fu_460_p3;

assign tmp_15_fu_456_p1 = lbRxDataIn_V_keep_V_dout[0:0];

assign tmp_15_i_fu_460_p3 = {{tmp_15_fu_456_p1}, {tmp_15_fu_456_p1}};

assign tmp_16_i_fu_486_p1 = counter_V_1_fu_480_p2;

assign tmp_1_i_fu_520_p2 = ($signed(openPortWaitTime_V) + $signed(ap_const_lv32_FFFFFFFF));

assign tmp_228_fu_354_p4 = {{{lbRxDataIn_V_last_V_dout}, {lbRxDataIn_V_keep_V_dout}}, {lbRxDataIn_V_data_V_dout}};

assign tmp_6_nbreadreq_fu_212_p3 = lbPortOpenReplyIn_V_empty_n;

assign tmp_V_1_fu_490_p2 = (tmp_16_i_fu_486_p1 + lbPacketLength);

assign tmp_V_fu_399_p2 = (tmp_12_i_fu_395_p1 + lbPacketLength);

assign tmp_i_fu_508_p2 = ((openPortWaitTime_V == ap_const_lv32_0) ? 1'b1 : 1'b0);

endmodule //rxPath